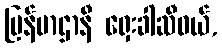
မြန်မာဌာနီ ရှေးခါဆီဝယ်,